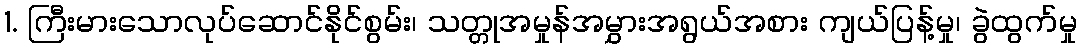
1. ကြီးမားသောလုပ်ဆောင်နိုင်စွမ်း၊ သတ္တုအမှုန်အမွှားအရွယ်အစား ကျယ်ပြန့်မှု၊ ခွဲထွက်မှု